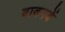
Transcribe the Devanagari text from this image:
बावनवें